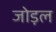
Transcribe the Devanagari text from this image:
जोड़ल